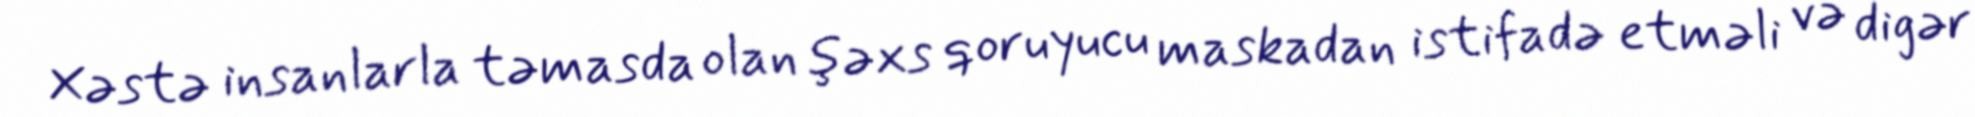
Xəstə insanlarla təmasda olan şəxs qoruyucu maskadan istifadə etməli və digər